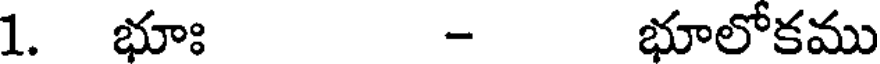
1. భూః - భూలోకము